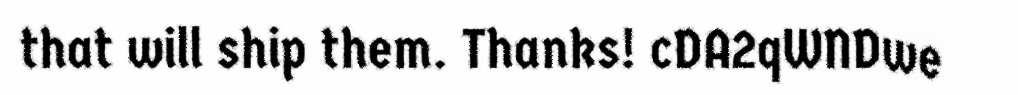
that will ship them. Thanks! cDA2qWNDwe